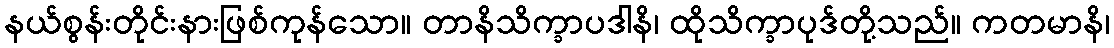
နယ်စွန်းတိုင်းနားဖြစ်ကုန်သော။ တာနိသိက္ခာပဒါနိ၊ ထိုသိက္ခာပုဒ်တို့သည်။ ကတမာနိ၊